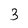
Character: 3